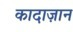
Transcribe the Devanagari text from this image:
कादाज़ान